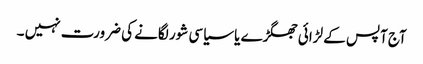
آج آپس کے لڑائی جھگڑے یا سیاسی شور لگانے کی ضرورت نہیں ۔